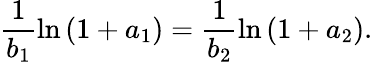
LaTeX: \frac{1}{b_{1}}\ln{(1+a_{1})}=\frac{1}{b_{2}}\ln{(1+a_{2})}.